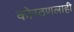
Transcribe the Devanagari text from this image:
कोरठणलाही